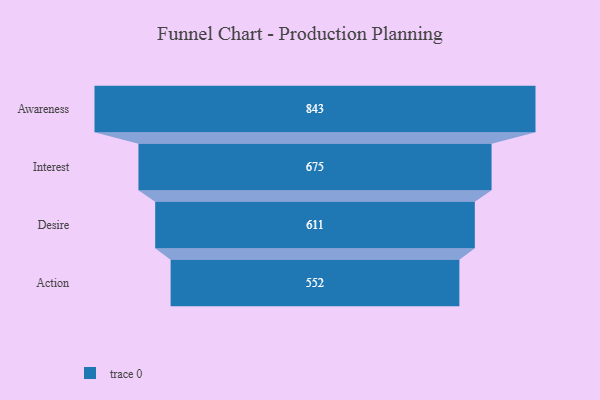
{"axis": {"x": "Stage", "y": "Value"}, "legend": [""], "data": [{"x": "Awareness", "y": 843.0, "type": ""}, {"x": "Interest", "y": 675.0, "type": ""}, {"x": "Desire", "y": 611.0, "type": ""}, {"x": "Action", "y": 552.0, "type": ""}]}